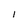
Character: l